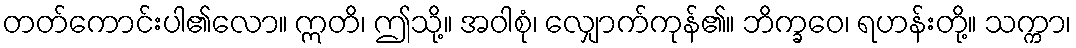
တတ်ကောင်းပါ၏လော။ ဣတိ၊ ဤသို့။ အဝါစုံ၊ လျှောက်ကုန်၏။ ဘိက္ခဝေ၊ ရဟန်းတို့။ သက္ကာ၊